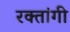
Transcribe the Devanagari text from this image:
रक्तांगी